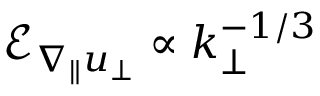
\mathcal { E } _ { \nabla _ { \| } u _ { \perp } } \propto k _ { \perp } ^ { - 1 / 3 }